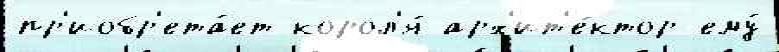
пр'иобр'ета́ет корол'я́ арх'ит'е́ктор ему́